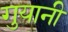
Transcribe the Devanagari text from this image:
गुयानी